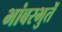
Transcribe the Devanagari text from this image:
भांबरभुतें